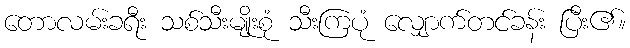
တောလမ်းခရီး သစ်သီးမျိုးစုံ သီးကြပုံ လျှောက်တင်ခန်း ပြီး၏။